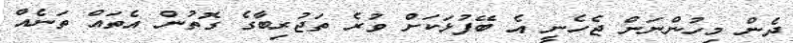
ދެން މިހުންނަން ޖެހެނީ އެ ބޭފުޅަކަށް ވުރެ ތަޖުރިބާގެ ގޮތުން އެތައް ތަނެއް